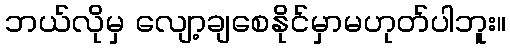
ဘယ်လိုမှ လျော့ချစေနိုင်မှာမဟုတ်ပါဘူး။